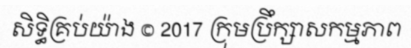
សិទ្ធិគ្រប់យ៉ាង © 2017 ក្រុមប្រឹក្សាសកម្មភាព